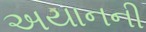
અયાનની